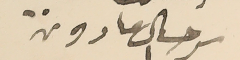
سرحال مارون